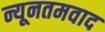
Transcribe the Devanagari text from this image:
न्यूनतमवाद